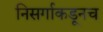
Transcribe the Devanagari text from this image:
निसर्गाकडूनच